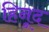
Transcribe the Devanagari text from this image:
हिनूद